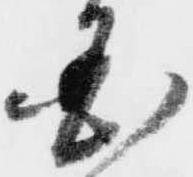
国